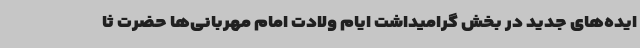
ایده‌های جدید در بخش گرامیداشت ایام ولادت امام مهربانی‌ها حضرت ثا